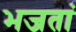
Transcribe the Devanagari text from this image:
भजतां